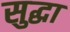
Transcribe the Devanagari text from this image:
सुद्घा